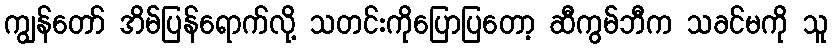
ကျွန်တော် အိမ်ပြန်ရောက်လို့ သတင်းကိုပြောပြတော့ ဆီကွမ်ဘီက သခင်မကို သူ